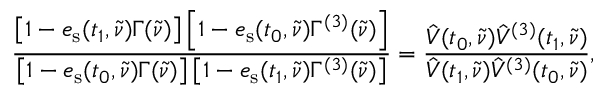
\frac { \left[ 1 - e _ { \mathrm { s } } ( t _ { 1 } , \tilde { \nu } ) \Gamma ( \tilde { \nu } ) \right] \left[ 1 - e _ { \mathrm { s } } ( t _ { 0 } , \tilde { \nu } ) \Gamma ^ { ( 3 ) } ( \tilde { \nu } ) \right] } { \left[ 1 - e _ { \mathrm { s } } ( t _ { 0 } , \tilde { \nu } ) \Gamma ( \tilde { \nu } ) \right] \left[ 1 - e _ { \mathrm { s } } ( t _ { 1 } , \tilde { \nu } ) \Gamma ^ { ( 3 ) } ( \tilde { \nu } ) \right] } = \frac { \hat { V } ( t _ { 0 } , \tilde { \nu } ) \hat { V } ^ { ( 3 ) } ( t _ { 1 } , \tilde { \nu } ) } { \hat { V } ( t _ { 1 } , \tilde { \nu } ) \hat { V } ^ { ( 3 ) } ( t _ { 0 } , \tilde { \nu } ) } ,